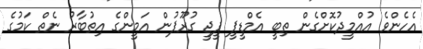
އެހެންވެ އުއްމީދުކޮށްގެން ތިބީ އެމްޑީޕީ ޕީޖީ ގުރޫޕުން އަމީންގެ އިތުބާރު ނެތް ކަމުގެ